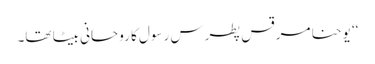
‘‘ یوحنا مرقس پطرس رسول کا روحانی بیٹا تھا۔